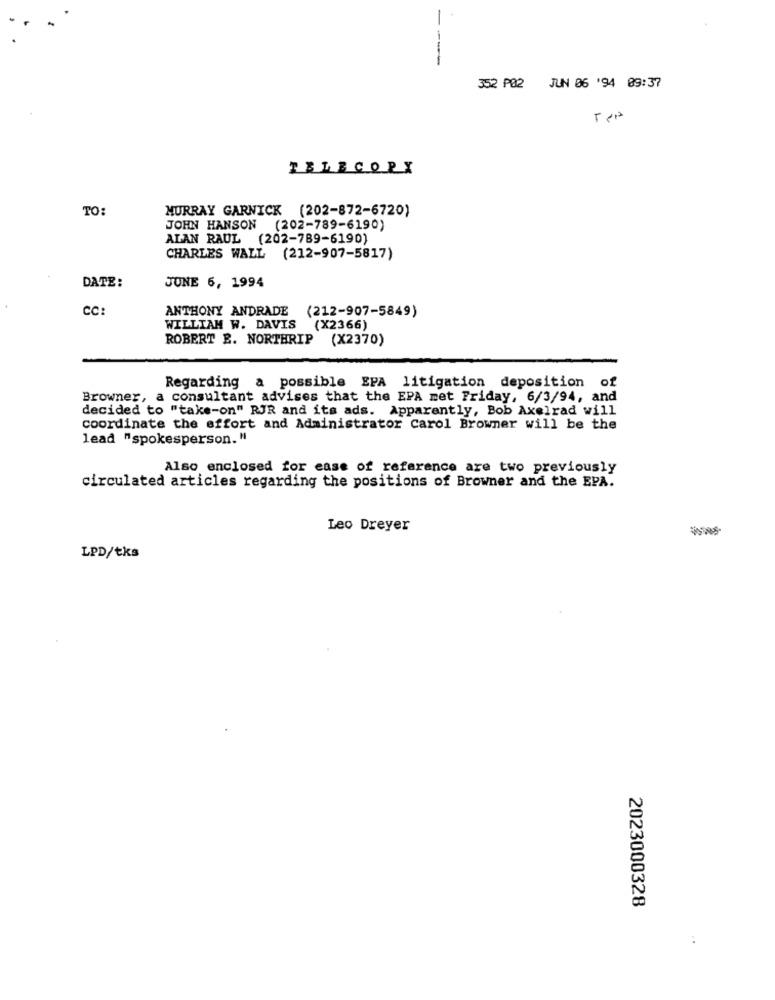
--
-
352 P02 JUN 06 '94 09:37
TELECOPX
TO:
MURRAY GARNICK (202-872-6720)
JOHN HANSON (202-789-6190)
ALAN RAUL (202-789-6190)
CHARLES WALL (212-907-5817)
DATE:
JUNE 6, 1994
CC:
ANTHONY ANDRADE
(212-907-5849)
WILLIAM W. DAVIS
(X2366)
ROBERT E. NORTHRIP
(X2370)
Regarding a possible EPA litigation deposition of
Browner, a consultant advises that the EPA met Friday, 6/3/94, and
decided to "take-on" RJR and its ads. Apparently, Bob Axelrad will
coordinate the effort and Administrator Carol Browner will be the
lead "spokesperson. "
Also enclosed for ease of reference are two previously
circulated articles regarding the positions of Browner and the EPA.
Leo Dreyer
LPD/tks
2023000328
: